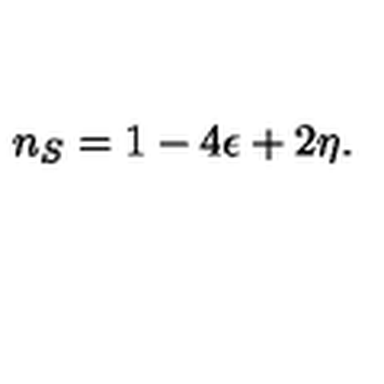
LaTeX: n _ { S } = 1 - 4 \epsilon + 2 \eta .